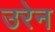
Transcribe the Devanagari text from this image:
उरेन